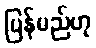
ပြန်မည်ဟု